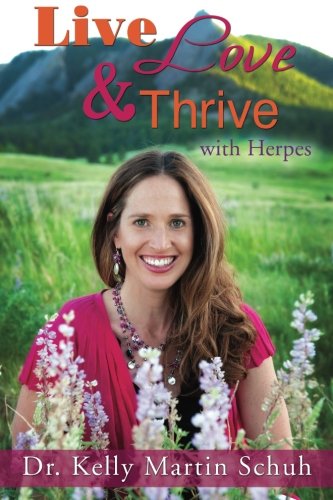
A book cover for Live, Love and Thrive with Herpes: A Holistic Guide For Women; Dr. Kelly Martin Schuh; Health, Fitness & Dieting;